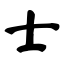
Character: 士